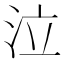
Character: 泣